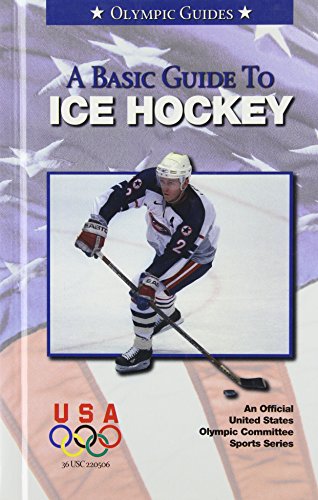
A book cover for Basic Guide to Ice Hockey (Olympic Guides); Children's Books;